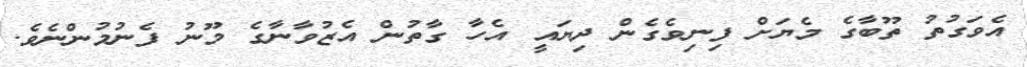
އެވަގުތު ތޫބާގެ މެޔަށް ފިނިވެގެން ދިޔައީ އެހާ ގާތުން އެޒުވާނާގެ މޫނު ފެނުމުންނެވެ.